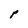
Character: P